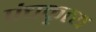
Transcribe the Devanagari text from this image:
पंचकृत्य